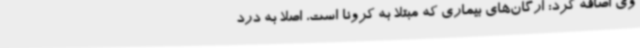
وی اضافه کرد: ارگان‌های بیماری که مبتلا به کرونا است، اصلا به درد